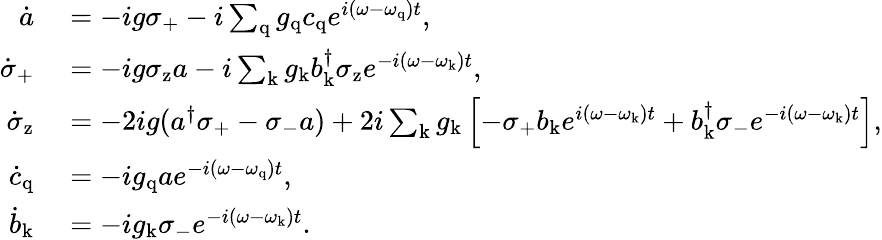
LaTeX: \begin{array}{rl}{\dot{a}}&{{}=-ig\sigma_{\mathrm{+}}-i\sum_{\mathrm{q}}g_{\mathrm{q}}c_{\mathrm{q}}e^{i(\omega-\omega_{\mathrm{q}})t},}\\ {\dot{\sigma}_{\mathrm{+}}}&{{}=-ig\sigma_{\mathrm{z}}a-i\sum_{\mathrm{k}}g_{\mathrm{k}}b_{\mathrm{k}}^{\dagger}\sigma_{\mathrm{z}}e^{-i(\omega-\omega_{\mathrm{k}})t},}\\ {\dot{\sigma}_{\mathrm{z}}}&{{}=-2ig(a^{\dagger}\sigma_{\mathrm{+}}-\sigma_{\mathrm{-}}a)+2i\sum_{\mathrm{k}}g_{\mathrm{k}}\left[-\sigma_{\mathrm{+}}b_{\mathrm{k}}e^{i(\omega-\omega_{\mathrm{k}})t}+b_{\mathrm{k}}^{\dagger}\sigma_{\mathrm{-}}e^{-i(\omega-\omega_{\mathrm{k}})t}\right],}\\ {\dot{c}_{\mathrm{q}}}&{{}=-ig_{\mathrm{q}}ae^{-i(\omega-\omega_{\mathrm{q}})t},}\\ {\dot{b}_{\mathrm{k}}}&{{}=-ig_{\mathrm{k}}\sigma_{\mathrm{-}}e^{-i(\omega-\omega_{\mathrm{k}})t}.}\end{array}